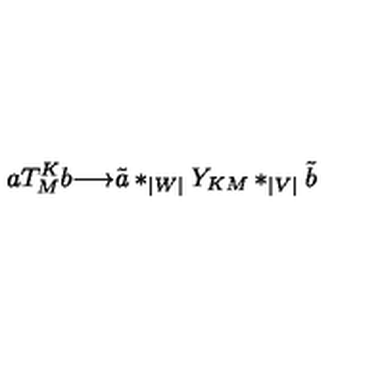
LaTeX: a T _ { M } ^ { K } b { \longrightarrow } { \tilde { a } } * _ { | W | } Y _ { K M } * _ { | V | } { \tilde { b } }